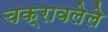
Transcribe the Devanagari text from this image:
चक्रावलेले